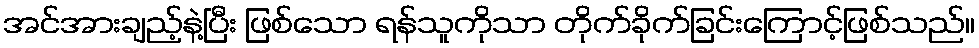
အင်အားချည့်နဲ့ပြီး ဖြစ်သော ရန်သူကိုသာ တိုက်ခိုက်ခြင်းကြောင့်ဖြစ်သည်။